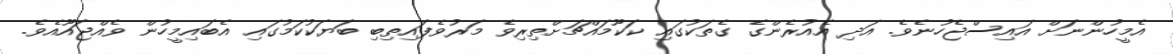
އެމީހުންނަށް އައިސްޖެހުނެވެ. އަދި އެއުރެންގެ ގެތަކުގައި ކަކޫމައްޗަށްތިރިވެ މަރުވެފައިތިބި ބަޔަކުކަމުގައި އެބައިމީހުން ވެއްޖައޫއެވެ.